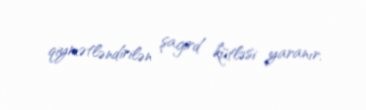
qiymətləndirilən şagird kütləsi yaranır.